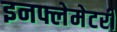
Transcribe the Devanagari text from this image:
इनफ्लेमेटरी